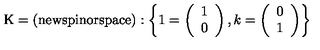
\mathrm { K = ( n e w s p i n o r s p a c e ) } : \left\{ 1 = \left( \begin{array} { l } { 1 } \\ { 0 } \\ \end{array} \right) , k = \left( \begin{array} { l } { 0 } \\ { 1 } \\ \end{array} \right) \right\}